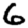
Digit: 6